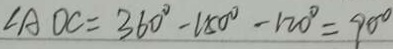
\angle A D C = 3 6 0 ^ { \circ } - 1 5 0 ^ { \circ } - 1 2 0 ^ { \circ } = 9 0 ^ { \circ }